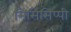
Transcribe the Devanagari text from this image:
मिसिसिप्‍पी